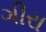
ગીરા